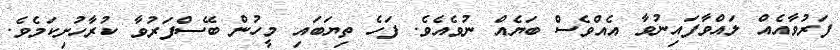
ފަރުވާއެއް ލައްވާފައިނުވާ އެއްވެސް ބަޔެއް ނުވެއެވެ. ފަހެ ތިޔަބައި މީހުން ބޭސްފަރުވާ ކުރާހުށިކަމެވެ.